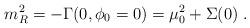
LaTeX: \begin{align*}m^2_R=-\Gamma(0, \phi_0=0)=\mu_0^2 +\Sigma(0) \; .\end{align*}